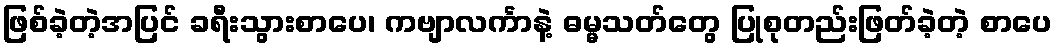
ဖြစ်ခဲ့တဲ့အပြင် ခရီးသွားစာပေ၊ ကဗျာလင်္ကာနဲ့ ဓမ္မသတ်တွေ ပြုစုတည်းဖြတ်ခဲ့တဲ့ စာပေ